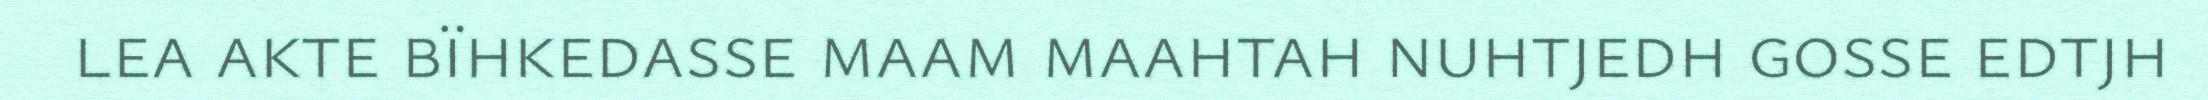
lea akte bïhkedasse maam maahtah nuhtjedh gosse edtjh